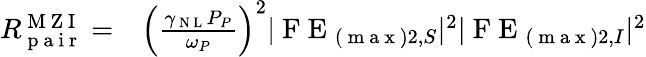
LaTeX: \begin{array}{rl}{R_{\mathrm{~p~a~i~r~}}^{\mathrm{~M~Z~I~}}=}&{{}\left(\frac{\gamma_{\mathrm{~N~L~}}P_{P}}{\omega_{P}}\right)^{2}|\mathrm{~F~E~}_{(\mathrm{~m~a~x~})2,S}|^{2}|\mathrm{~F~E~}_{(\mathrm{~m~a~x~})2,I}|^{2}}\end{array}